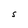
Character: S